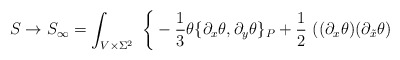
\begin{align*}S \to S_\infty = \int_{V\times \Sigma^2} \ \bigg\{ - \frac{1}{3} \theta \{\partial_x \theta , \partial_y \theta \}_P + \frac{1}{2} \ ( (\partial_x \theta) (\partial_{\tilde x} \theta)\end{align*}